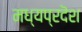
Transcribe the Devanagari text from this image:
मध्यप्रदॆश